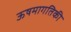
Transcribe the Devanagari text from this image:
ऊषमागतिकी